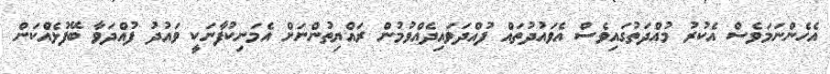
އެހެންނަމަވެސް އެކުރު މުއްދަތުގައިވެސް އެވައުދުތައް ފުއްދަވައިދެއްވުމުން ރައްޔިތުންނަށް އެމަނިކުފާނަކީ ވައުދު ފުއްދަވާ ބޭފުޅެއްކަން